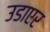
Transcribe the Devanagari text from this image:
उडाएर